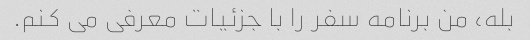
بله، من برنامه سفر را با جزئیات معرفی می کنم.